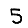
Digit: 5